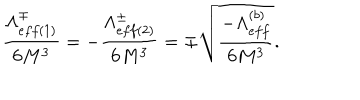
LaTeX: \frac { \Lambda _ { e f f ( 1 ) } ^ { \mp } } { 6 M ^ { 3 } } = - \frac { \Lambda _ { e f f ( 2 ) } ^ { \pm } } { 6 M ^ { 3 } } = \mp \sqrt { \frac { - \Lambda _ { e f f } ^ { ( b ) } } { 6 M ^ { 3 } } } .